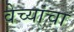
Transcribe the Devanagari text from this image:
वेच्यांचा